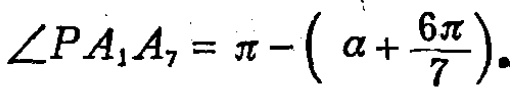
\(\angle PA_{1}A_{7}=\pi - \left(\alpha+\frac{6\pi}{7}\right).\)